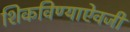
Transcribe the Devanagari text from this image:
शिकविण्याऐवजी